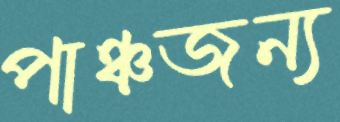
পাঞ্চজন্য